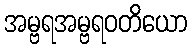
အမ္ဗရအမ္ဗရဝတိယော